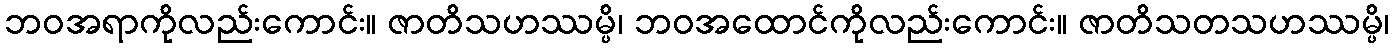
ဘဝအရာကိုလည်းကောင်း။ ဇာတိသဟဿမ္ပိ၊ ဘဝအထောင်ကိုလည်းကောင်း။ ဇာတိသတသဟဿမ္ပိ၊